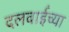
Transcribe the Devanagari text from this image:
दलवाईंच्या